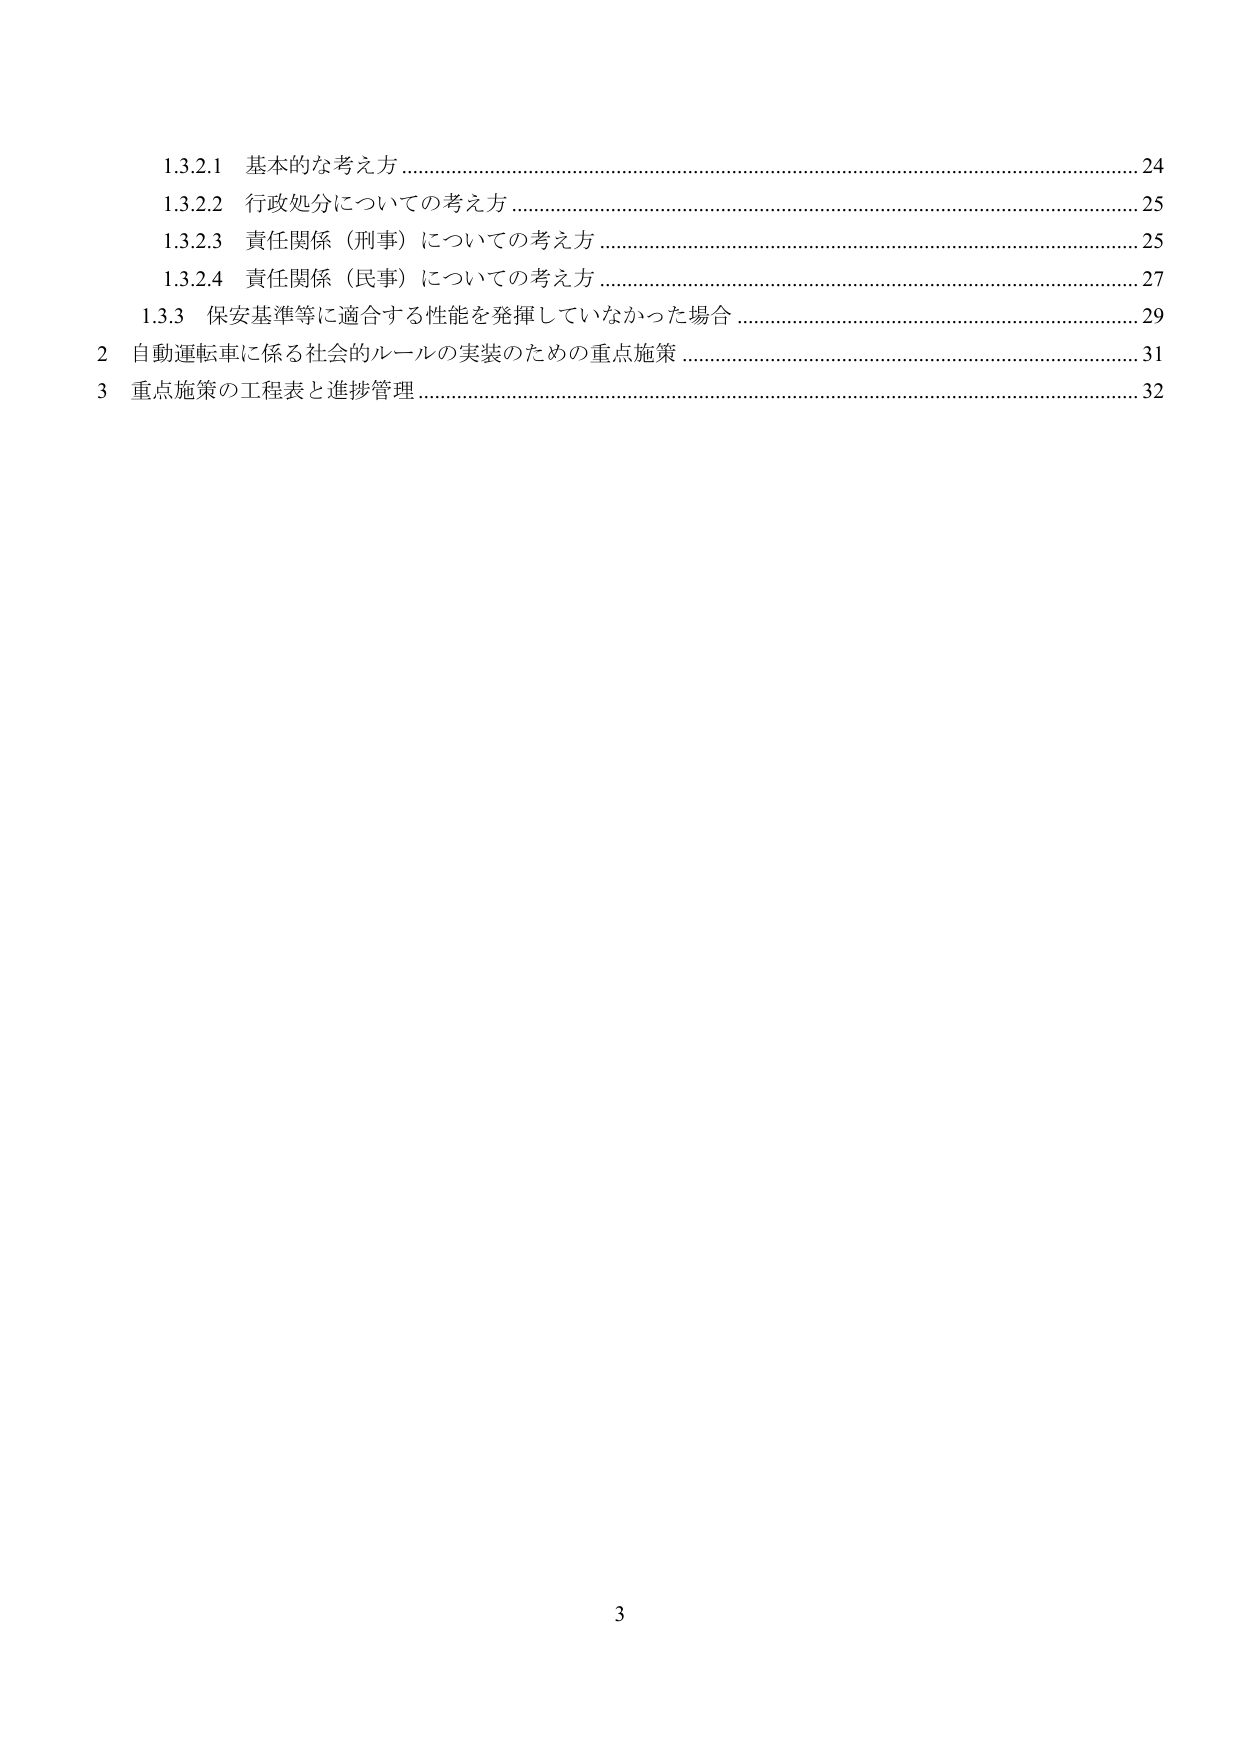
1.3.2.1 基本的な考え方 …………………………………………………………………………………… 24
1.3.2.2 行政処分についての考え方 …………………………………………………………………… 25
1.3.2.3 責任関係（刑事）についての考え方 ………………………………………………………… 25
1.3.2.4 責任関係（民事）についての考え方 ………………………………………………………… 27
1.3.3 保安基準等に適合する性能を発揮していなかった場合 ……………………………………… 29
2 自動運転車に係る社会的ルールの実装のための重点施策 ………………………………………… 31
3 重点施策の工程表と進捗管理 ……………………………………………………………………… 32

3